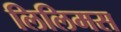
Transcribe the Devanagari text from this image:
लिलिमस